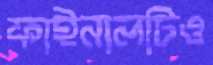
ফাইনালটিও